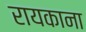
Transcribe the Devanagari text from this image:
रायकाना